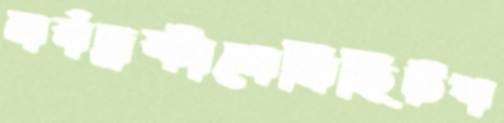
সর্বদ্রষ্টাসেমিহিটপ